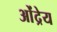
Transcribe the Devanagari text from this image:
ओंद्रेय